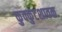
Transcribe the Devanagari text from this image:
कुक्कुटशावक